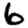
Digit: 6